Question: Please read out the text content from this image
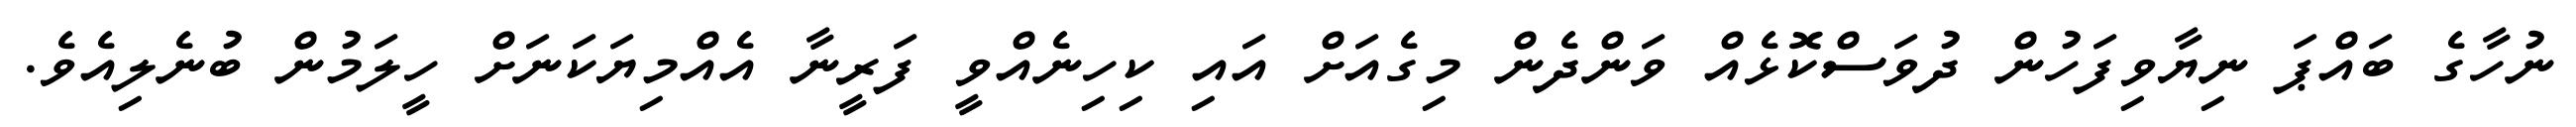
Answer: ނުހާގެ ބައްޕަ ނިޔާވިފަހުން ދުވަސްކޮޅެއް ވަންދެން މިގެއަށް އައި ކިހިނެއްވީ ފަރީނާ އެއްމިޔަކަނަށް ހީލަމުން ބުނެލިއެވެ.